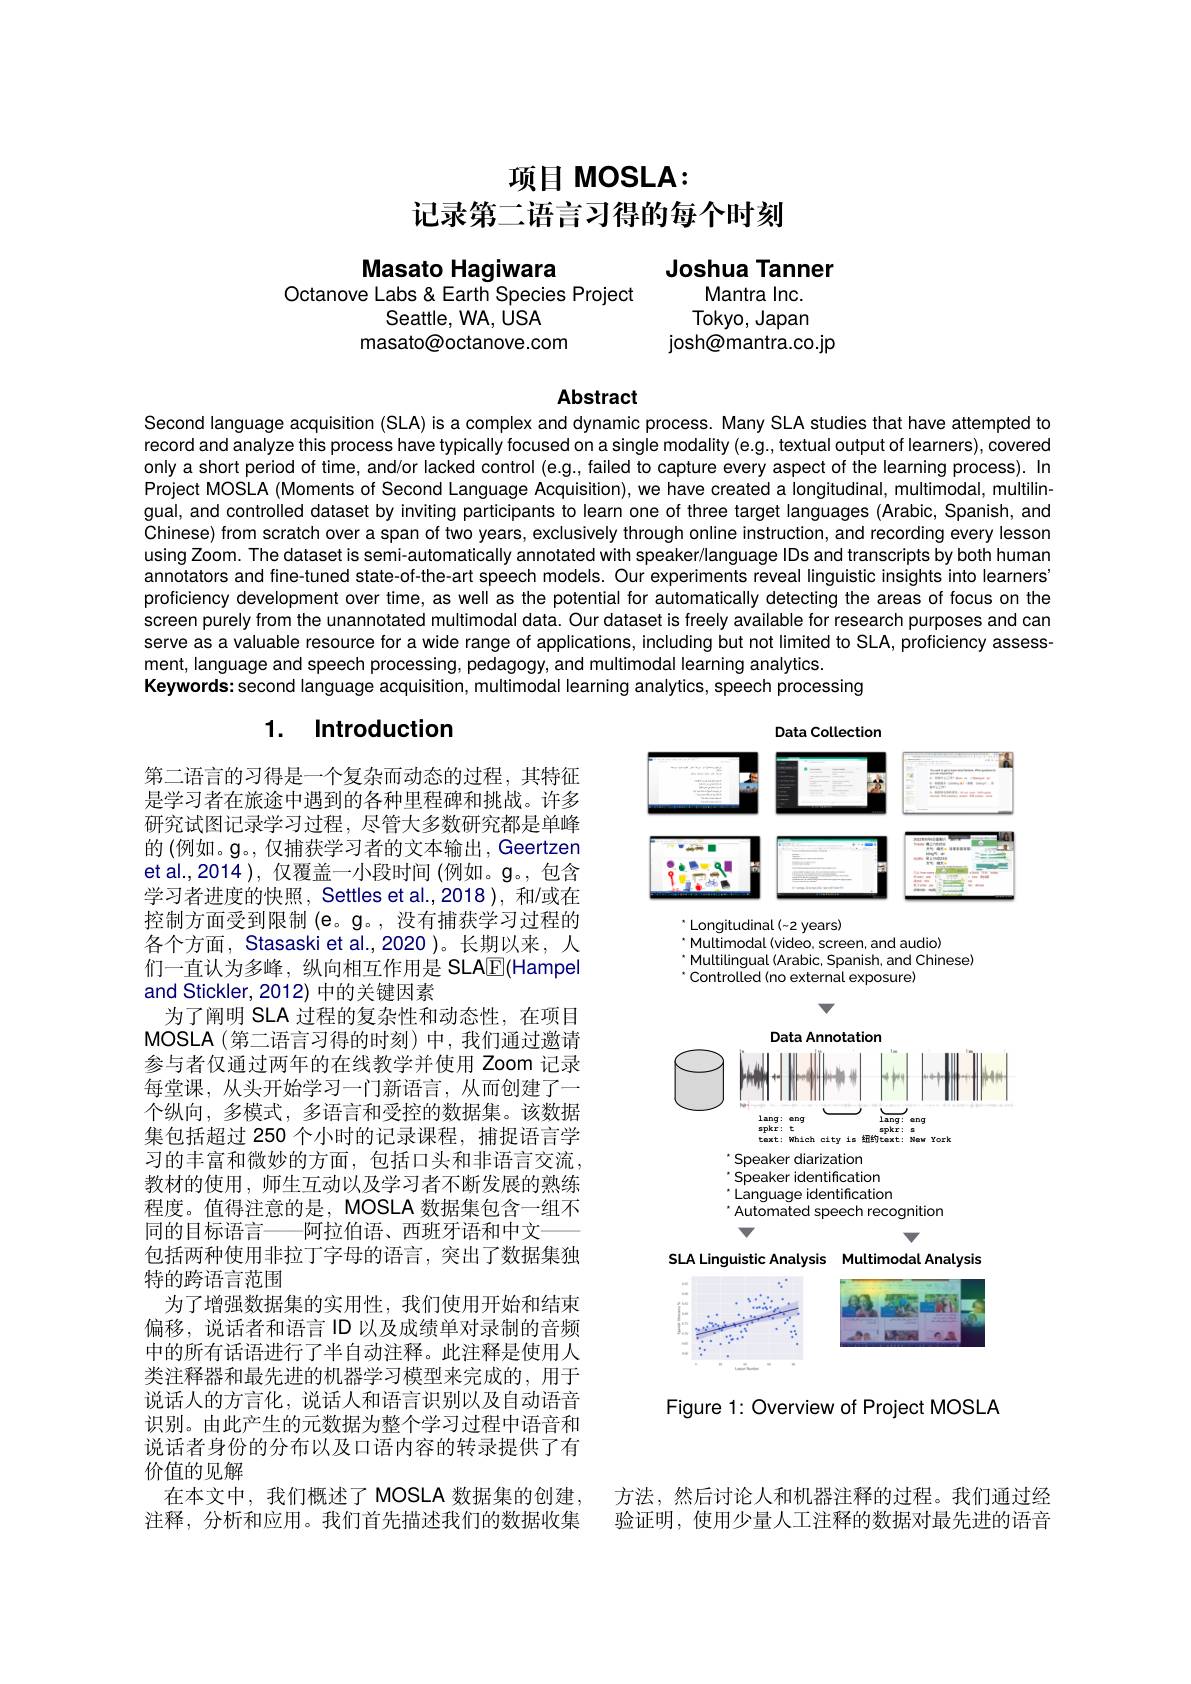
# 项目 MOSLA: 记录第二语言习得的每个时刻

Joshua Tanner
Mantra Inc.

# Masato Hagiwara
Octanove Labs & Earth Species Project

Seattle, WA, USA
Tokyo, Japan
masato@octanove.com
josh@mantra.co.jp

# Abstract

Second language acquisition (SLA) is a complex and dynamic process. Many SLA studies that have attempted to record and analyze this process have typically focused on a single modality (e.g., textual output of learners), covered only a short period of time, and/or lacked control (e.g., failed to capture every aspect of the learning process). In Project MOSLA (Moments of Second Language Acquisition), we have created a longitudinal, multimodal, multilingual, and controlled dataset by inviting participants to learn one of three target languages (Arabic, Spanish, and Chinese) from scratch over a span of two years, exclusively through online instruction, and recording every lesson using Zoom. The dataset is semi-automatically annotated with speaker/language IDs and transcripts by both human annotators and fine-tuned state-of-the-art speech models. Our experiments reveal linguistic insights into learners proficiency development over time, as well as the potential for automatically detecting the areas of focus on the screen purely from the unannotated multimodal data. Our dataset is freely available for research purposes and can serve as a valuable resource for a wide range of applications, including but not limited to SLA, proficiency assessment, language and speech processing, pedagogy, and multimodal learning analytics.
Keywords: second language acquisition, multimodal learning analytics, speech processing

## 1. Introduction

<FigureHere>
 Longitudinal ( - 2 years)

“ Multimodal (video, screen, and audio)
Multilingual (Arabic, Spanish, and Chinese)
' Controlled (no external exposure)

7

<FigureHere>

v

第二语言的习得是一个复杂而动态的过程，其特征是学习者在旅途中遇到的各种里程碑和挑战。许多研究试图记录学习过程，尽管大多数研究都是单峰的 (例如。$\mathfrak{g}$。,仅捕获学习者的文本输出，Geertzen et al.,2014 ), 仅覆盖一小段时间 (例如。$\mathbf{g}$。,包含学习者进度的快照，Settles et al.,2018 ), 和/或在控制方面受到限制 (e。g。,没有捕获学习过程的各个方面，Stasaski et al.,2020 )。长期以来，人们一直认为多峰，纵向相互作用是 SLAE(Hampel and Stickler, 2012) 中的关键因素
为了阐明 SLA 过程的复杂性和动态性，在项目MOSLA(第二语言习得的时刻)中，我们通过邀请参与者仅通过两年的在线教学并使用 Zoom 记录每堂课，从头开始学习一门新语言，从而创建了一个纵向，多模式，多语言和受控的数据集。该数据集包括超过 250 个小时的记录课程，捕捉语言学习的丰富和微妙的方面，包括口头和非语言交流， 教材的使用，师生互动以及学习者不断发展的熟练程度。值得注意的是，MOSLA 数据集包含一组不同的目标语言——阿拉伯语、西班牙语和中文
包括两种使用非拉丁字母的语言，突出了数据集独
特的跨语言范围
为了增强数据集的实用性，我们使用开始和结束偏移，说话者和语言ID以及成绩单对录制的音频中的所有话语进行了半自动注释。此注释是使用人类注释器和最先进的机器学习模型来完成的，用于说话人的方言化，说话人和语言识别以及自动语音识别。由此产生的元数据为整个学习过程中语音和说话者身份的分布以及口语内容的转录提供了有价值的见解
在本文中，我们概述了 MOSLA 数据集的创建， 注释，分析和应用。我们首先描述我们的数据收集

SLA Linguistic Analysis Multimodal Analysis
<FigureHere>

Figure 1: Overview of Project MOSLA

方法，然后讨论人和机器注释的过程。我们通过经验证明，使用少量人工注释的数据对最先进的语音